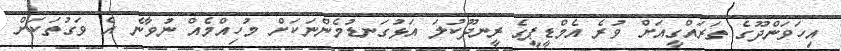
އިހަވަންދޫގެ ތަރައްގީއަށް ވުރެ އެމްޑީޕީގެ ރީނދޫކުލަ އަޅުގަނޑުމެންނަކަށް މުހިއްމެއް ނުވާނެ އެ ވަގުތަކަށް